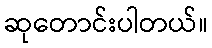
ဆုတောင်းပါတယ်။